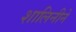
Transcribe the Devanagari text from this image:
शालिनीने